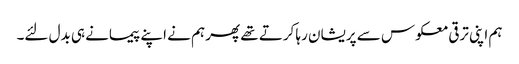
ہم اپنی ترقی معکوس سے پریشان رہا کرتے تھے پھر ہم نے اپنے پیمانے ہی بدل لئے۔